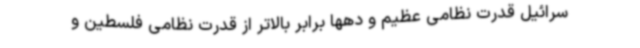
سرائیل قدرت نظامی عظیم و دهها برابر بالاتر از قدرت نظامی فلسطین و